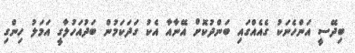
ބިދޭސީ އަންހެނަކު ގެއެއްގައި ބަންދުކޮށް އޭނާއާ އެކު ގަދަކަމުން ބަދުއަހުލާގީ އަމަލު ހިންގި